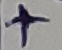
Text: +